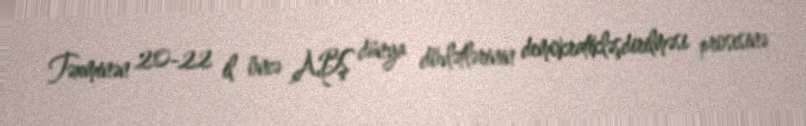
Təxminən 20-22 il öncə ABŞ dünya dövlətlərinin demokratikləşdirilməsi prosesinə